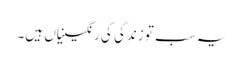
یہ سب تو زندگی کی رنگینیاں ہیں۔